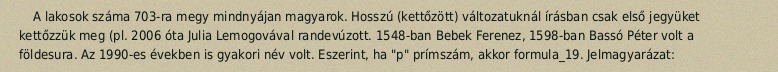
A lakosok száma 703-ra megy mindnyájan magyarok. Hosszú (kettőzött) változatuknál írásban csak első jegyüket kettőzzük meg (pl. 2006 óta Julia Lemogovával randevúzott. 1548-ban Bebek Ferenez, 1598-ban Bassó Péter volt a földesura. Az 1990-es években is gyakori név volt. Eszerint, ha "p" prímszám, akkor formula_19. Jelmagyarázat: